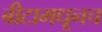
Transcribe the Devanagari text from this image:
बीटामधूनच